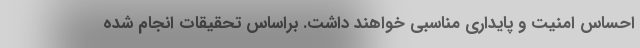
احساس امنیت و پایداری مناسبی خواهند داشت. براساس تحقیقات انجام شده